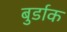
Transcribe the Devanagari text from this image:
बुर्डाक